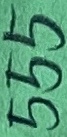
Text: 555